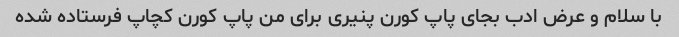
با سلام و عرض ادب بجای پاپ کورن پنیری برای من پاپ کورن کچاپ فرستاده شده